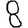
Digit: 8